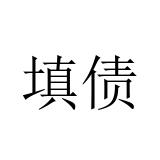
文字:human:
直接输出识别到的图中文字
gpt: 填债